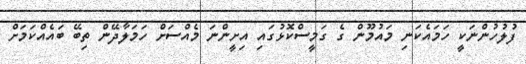
ފުލުހުންނަކީ ހަމައެކަނި މައުމޫން ގެ ގަމީސްކޮޅުގައި އިށީންނަ މެއްސަށް ހަމަލާދޭން ތިބޭ ބައެއްކަމަށް